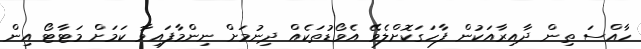
ހާއްސަ ތިން ދާއިރާއަކުން ފާހަގަކޮށްލެވޭ އެވޯޑުތަކެއް ދިނުމަށް ނިންމާފައިވާ ކަމަށް މަޓާޓޯ އިން